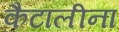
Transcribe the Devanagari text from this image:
कैटालीना